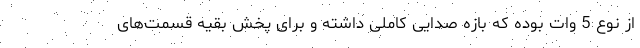
از نوع 5 وات بوده که بازه صدایی کاملی داشته و برای پخش بقیه قسمت‌های